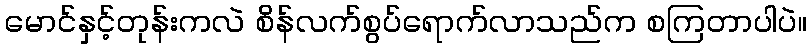
မောင်နှင့်တုန်းကလဲ စိန်လက်စွပ်ရောက်လာသည်က စကြတာပါပဲ။